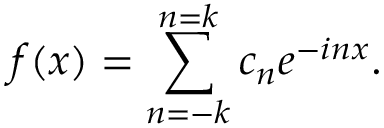
f ( x ) = \sum _ { n = - k } ^ { n = k } c _ { n } e ^ { - i n x } .